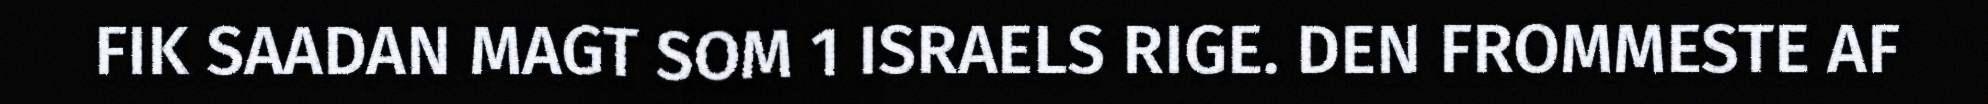
FIK SAADAN MAGT SOM 1 ISRAELS RIGE. DEN FROMMESTE AF